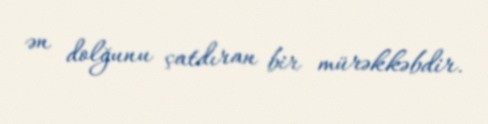
ən dolğunu çatdıran bir mürəkkəbdir.